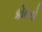
કોતરો